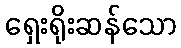
ရှေးရိုးဆန်သော